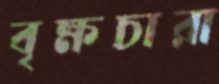
বৃক্ষচারা